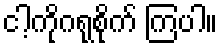
ငါ့ကိုဂရုစိုက် ကြပါ။